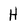
Character: H